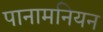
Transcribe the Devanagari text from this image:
पानामनियन